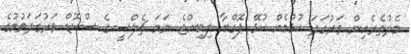
މެދުތެރެއިން ވަރުގަދަ ކުޅުމެއް ކުޅޭ ޕޮގްބާ ލިބިއްޖެ ނަމަ ޗެލްސީގެ ސްކޮޑް ވަރުގަދަވުމުގެ